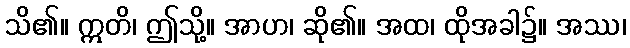
သိ၏။ ဣတိ၊ ဤသို့။ အာဟ၊ ဆို၏။ အထ၊ ထိုအခါ၌။ အဿ၊